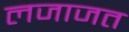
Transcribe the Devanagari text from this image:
लजाजत